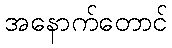
အနောက်တောင်